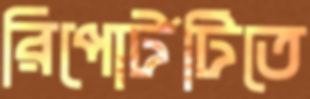
রিপোর্টটিতে